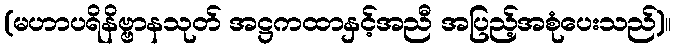
(မဟာပရိနိဗ္ဗာနသုတ် အဋ္ဌကထာနှင့်အညီ အပြည့်အစုံပေးသည်)။